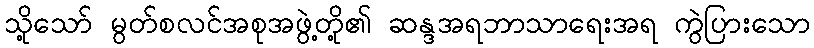
သို့သော် မွတ်စလင်အစုအဖွဲ့တို့၏ ဆန္ဒအရဘာသာရေးအရ ကွဲပြားသော